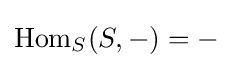
\operatorname {Hom} _{S}(S,-)=-